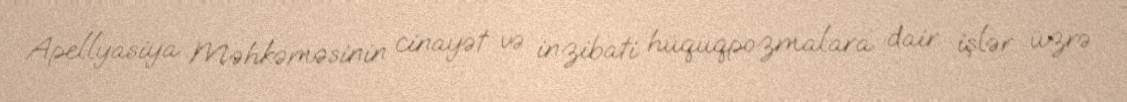
Apellyasiya Məhkəməsinin cinayət və inzibati hüquqpozmalara dair işlər üzrə